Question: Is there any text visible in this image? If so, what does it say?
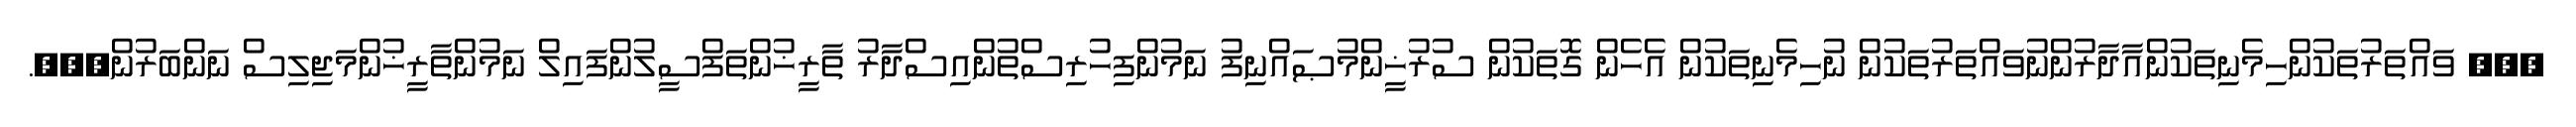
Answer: ??? ވައްތަރުތަކުންހިމެނިތަކުންއާދާރުންނުވައްތަރުތަކުން ނުހިމެނިތަކުން އެހެން ގޮތަކުން ސުރުޚީންމުޞައްނިފު ނަމުންފިހުރިސްތުންއިސްދާރު ތާރީޚުންތަފްސީލުންފައިލް ނަމުންތާރީޚުންމަޖިލިސް ނަންބަރުން???.